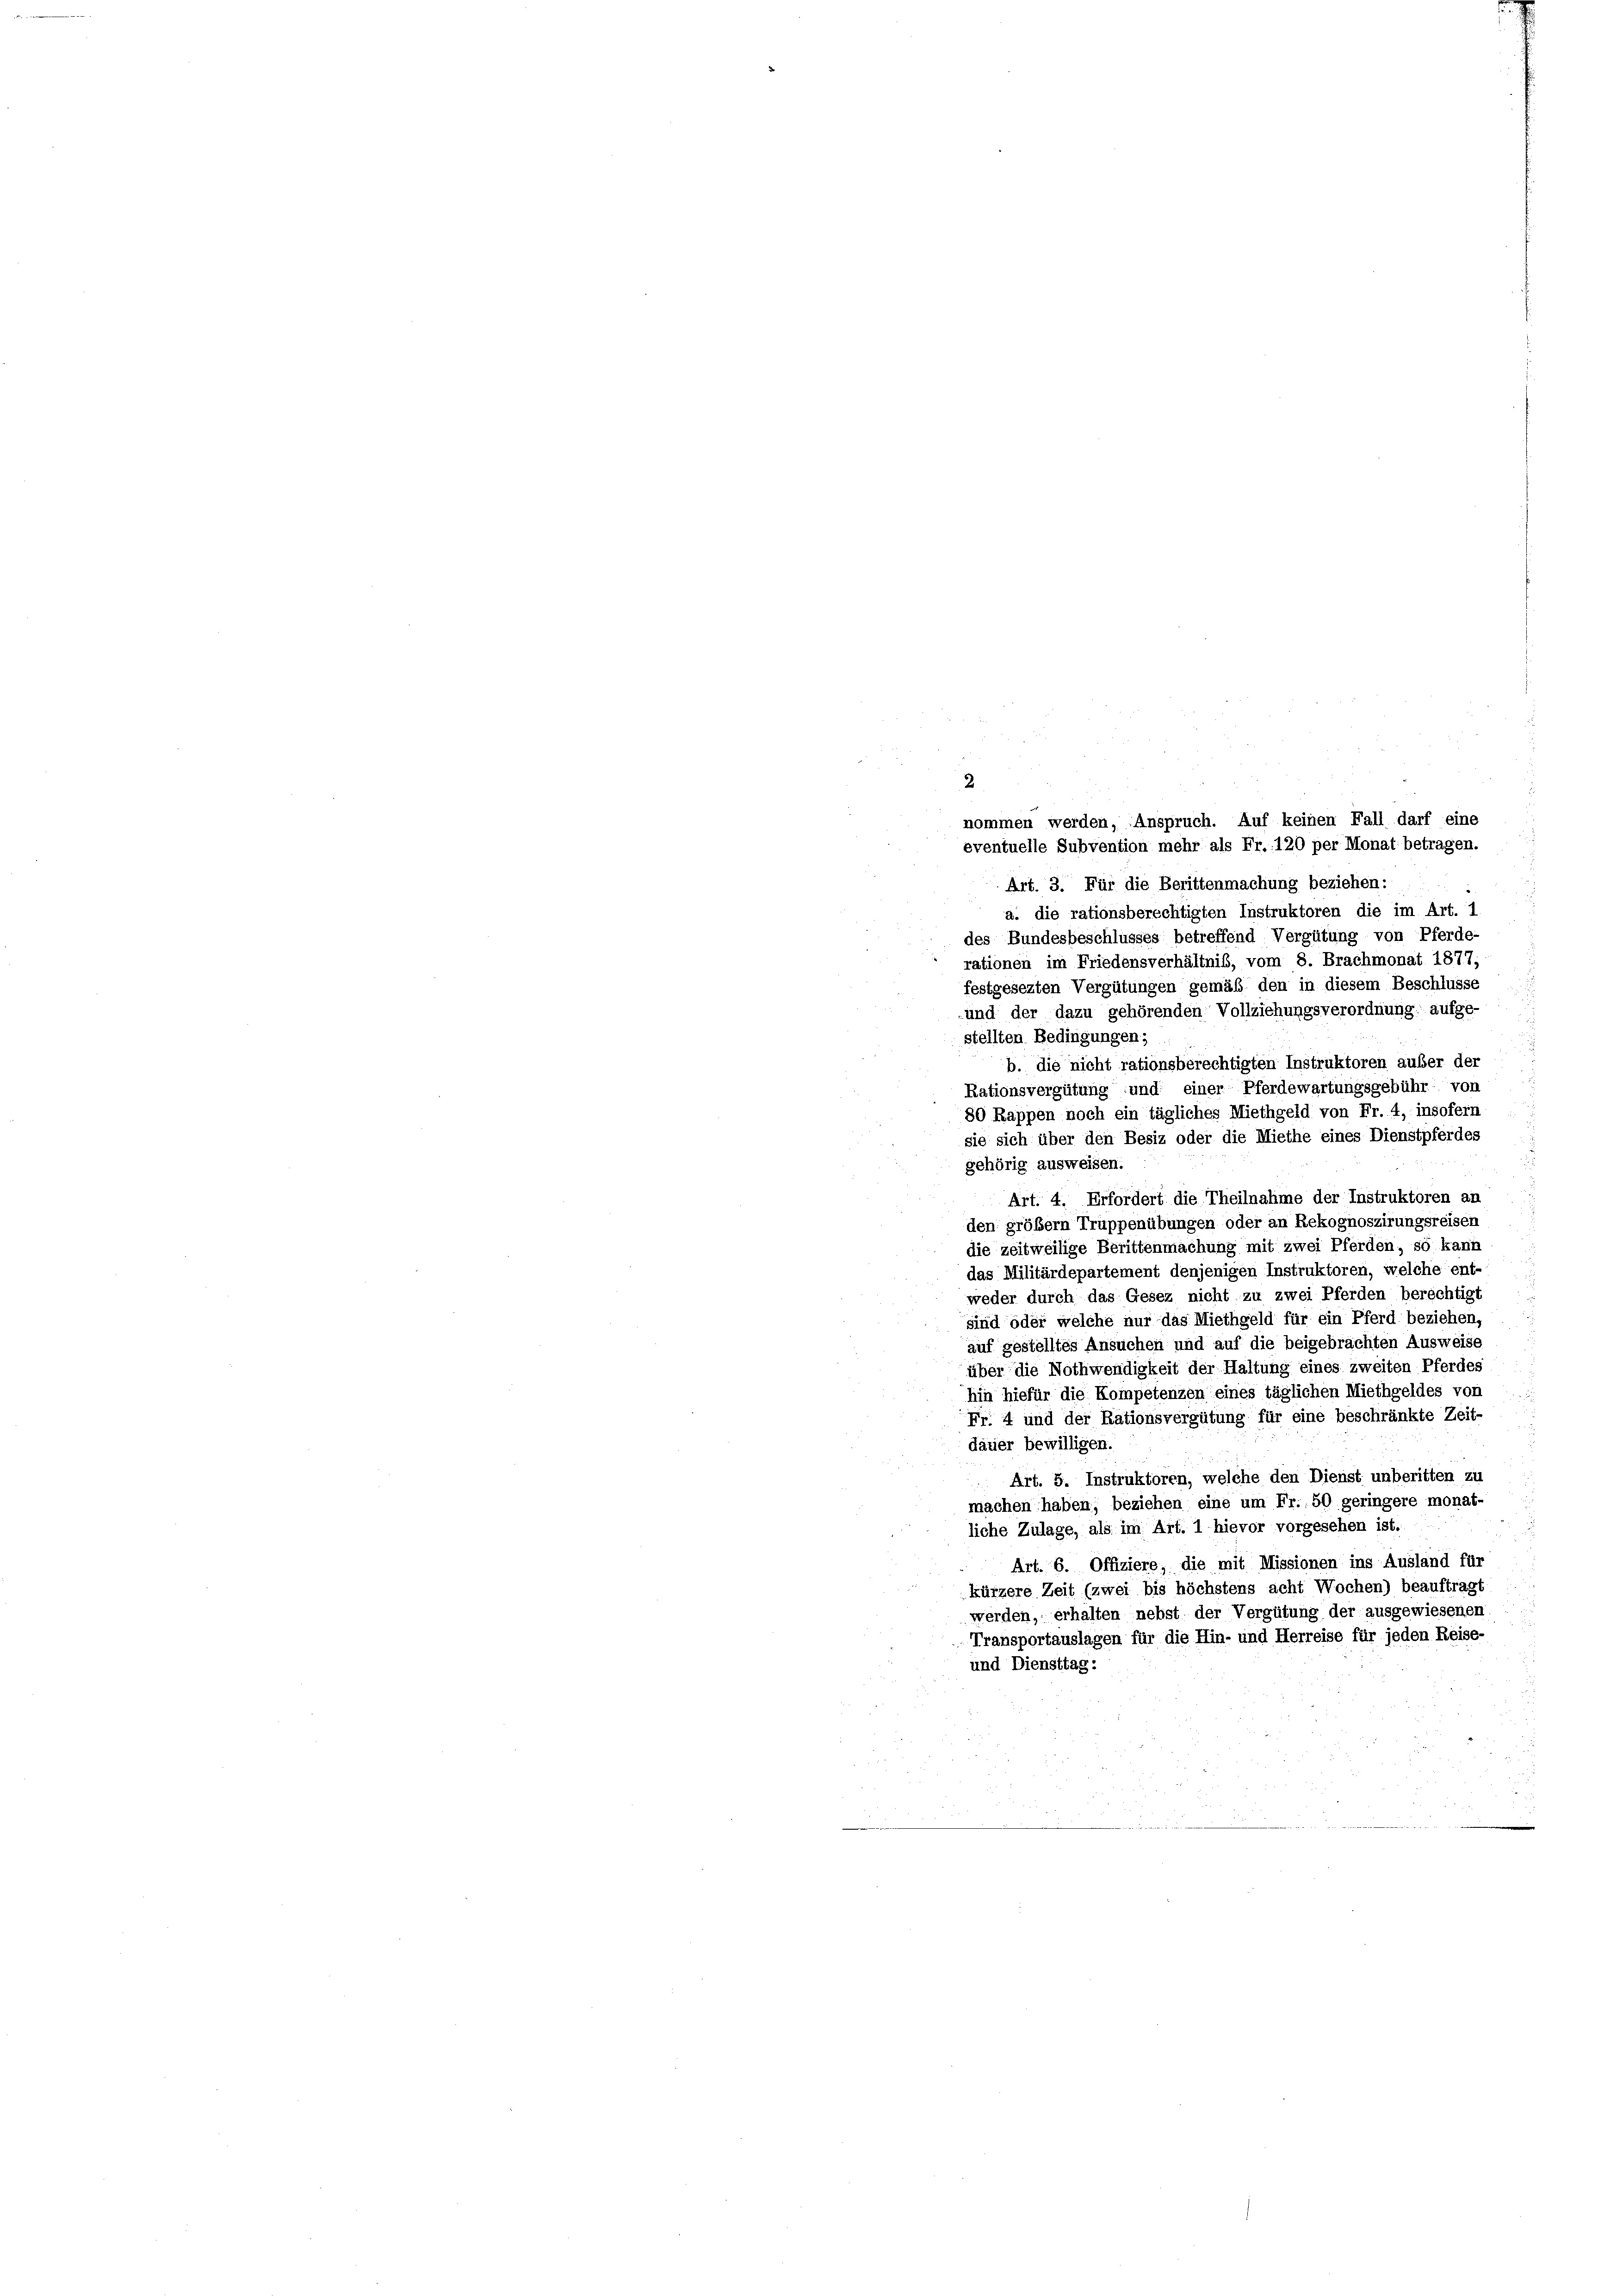
nommen werden, Anspruch. Auf keinen Fall darf eine
eventuelle Subvention mehr als Fr. 120 per Monat betragen.
Art. 3. Für die Berittenmachung beziehen:
a. die rationsberechtigten Instruktoren die im Art. 1
des Bundesbeschlusses betreffend Vergütung von Pferde-
rationen im Friedensverhältniß, vom 8. Brachmonat 1877;
festgesezten Vergütungen gemäß den in diesem Beschlüsse
und der dazu gehörenden Vollziehungsverordnung aufge-
stellten Bedingungen;
b. die nicht rationsberechtigten Instruktoren außer der
Rationsvergütung und einer Pferdewartungsgebühr von
80 Rappen noch ein tägliches Miethgeld von Fr. 4, insofern
sie sich über den Besiz oder die Miethe eines Dienstpferdes
gehörig ausweisen.
Art. 4. Erfordert die Theilnahme der Instruktoren an
den größem Truppenübungen oder an Rekognoszirungsreisen
die zeitweilige Berittenmachung mit zwei Pferden, so kann
das Militärdepartement denjenigen Instruktoren, welche ent-
weder durch das Gesez nicht zu zwei Pferden berechtigt
sind oder welche nur das Miethgeld für ein Pferd beziehen,
auf gestelltes Ansuchen und auf die beigebrachten Ausweise
über die Nothwendigkeit der Haltung eines zweiten Pferdes
hin hiefür die Kompetenzen eines täglichen Miethgeldes von
Fr. 4 und der Rationsvergütung für eine beschränkte Zeit-
dauer bewilligen.
Art. 5. Instruktoren, welche den Dienst unberitten zu
machen haben, beziehen eine um Fr. 50 geringere monat-
liche Zulage, als im Art. 1 hievor vorgesehen ist.
Art. 6. Offiziere, die mit Missionen ins Ausland für
kürzere Zeit (zwei bis höchstens acht Wochen) beauftragt
werden, erhalten nebst der Vergütung der ausgewiesenen
Transportauslagen für die Hin- und Herreise für jeden Reise-
und Diensttag: